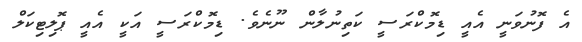
އެ ފޮނުވަނީ އެއީ ޑިމޮކްރަސީ ކަތިނުލާން ނޫނެވެ. ޑިމޮކްރަސީ އަކީ އެއީ ޕޮލިޓިކަލް